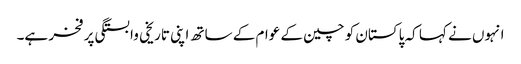
انہوں نے کہا کہ پاکستان کو چین کے عوام کے ساتھ اپنی تاریخی وابستگی پر فخر ہے۔